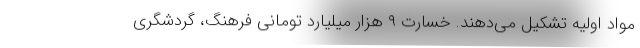
مواد اولیه تشکیل می‌دهند. خسارت ۹ هزار میلیارد تومانی فرهنگ، گردشگری